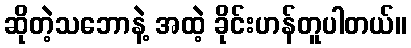
ဆိုတဲ့သဘောနဲ့ အထဲ့ ခိုင်းဟန်တူပါတယ်။